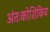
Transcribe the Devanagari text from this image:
अंतःकोशिकिय